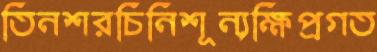
তিনশরচিনিশূন্যক্ষিপ্রগত